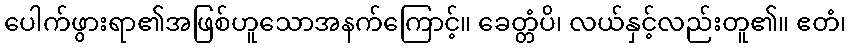
ပေါက်ဖွားရာ၏အဖြစ်ဟူသောအနက်ကြောင့်။ ခေတ္တံပိ၊ လယ်နှင့်လည်းတူ၏။ ဧတံ၊